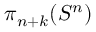
\pi _ { n + k } ( S ^ { n } )